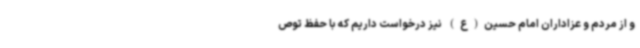
و از مردم و عزاداران امام حسین(ع) نیز درخواست داریم که با حفظ توص